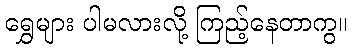
ရွှေများ ပါမလားလို့ ကြည့်နေတာကွ။